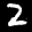
Label: 2